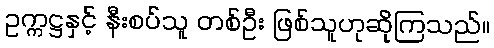
ဥက္ကဋ္ဌနှင့် နီးစပ်သူ တစ်ဦး ဖြစ်သူဟုဆိုကြသည်။